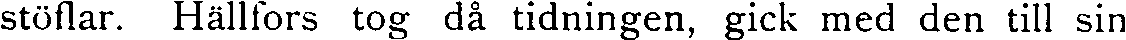
stöflar. Hällfors tog då tidningen, gick med den till sin